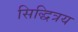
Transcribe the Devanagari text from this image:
सिद्धित्रय